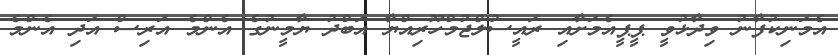
އެމަނިކުފާނު ވިދާޅުވީ ޕީޕީއެމަށާއި ރައީސުލްޖުމްހޫރިއްޔާ އަބްދު ޔާމީނުގެ އެންމެ އަރިސް އަދި އެންމެ